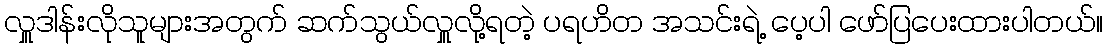
လှူဒါန်းလိုသူများအတွက် ဆက်သွယ်လှူလို့ရတဲ့ ပရဟိတ အသင်းရဲ့ ပေ့ပါ ဖော်ပြပေးထားပါတယ်။